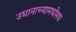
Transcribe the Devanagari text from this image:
उद्यानाच्यामधोमध